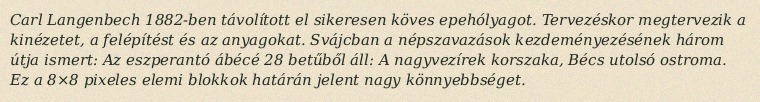
Carl Langenbech 1882-ben távolított el sikeresen köves epehólyagot. Tervezéskor megtervezik a kinézetet, a felépítést és az anyagokat. Svájcban a népszavazások kezdeményezésének három útja ismert: Az eszperantó ábécé 28 betűből áll: A nagyvezírek korszaka, Bécs utolsó ostroma. Ez a 8×8 pixeles elemi blokkok határán jelent nagy könnyebbséget.